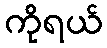
ကိုရယ်